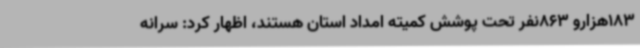
183هزارو 863نفر تحت پوشش کمیته امداد استان هستند، اظهار کرد: سرانه